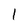
Character: 1